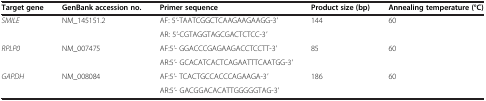
| Target gene | GenBank accession no. | Primer sequence | Product size (bp) | Annealing temperature (°C) |
 | --- | --- | --- | --- | --- |
 | <ROWSPAN=2> SMILE | <ROWSPAN=2> NM_145151.2 | AF: 5'-TAATCGGCTCAAGAAGAAGG-3' | <ROWSPAN=2> 144 | <ROWSPAN=2> 60 |
 | AR: 5'-CGTAGGTAGCGACTCTCC-3' |
 | <ROWSPAN=2> RPLP0 | <ROWSPAN=2> NM_007475 | AF:5'- GGACCCGAGAAGACCTCCTT-3' | <ROWSPAN=2> 85 | <ROWSPAN=2> 60 |
 | AR:5'- GCACATCACTCAGAATTTCAATGG-3' |
 | GAPDH | NM_008084 | AF:5'- TCACTGCCACCCAGAAGA-3' | 186 | 60 |
 |  |  | AR:5'- GACGGACACATTGGGGGTAG-3' |  |  |